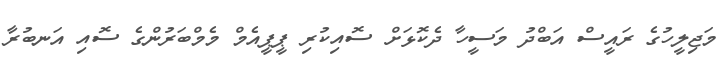
މަޖިލީހުގެ ރައީސް އަބްދު މަސީހާ ދެކޮޅަށް ސޮއިކުރި ޕީޕީއެމް މެމްބަރުންގެ ސޮއި އަނބުރާ